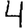
Digit: 4